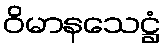
ဝိမာနသေဋ္ဌံ